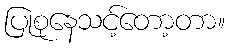
ပြုစုနေသင့်တော့တာ။